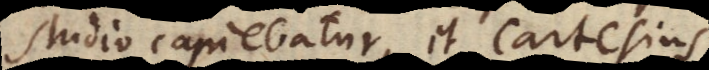
studio capiebatur: ita Cartesiu